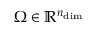
\Omega \in \mathbb { R } ^ { n _ { \mathrm { d i m } } }